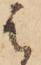
は